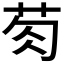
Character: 𮎯